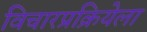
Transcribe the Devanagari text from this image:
विचारप्रक्रियेला